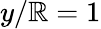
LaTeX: y/\mathbb{R}=1